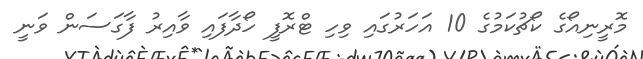
މޮރީނިއޯގެ ކޯޗުކަމުގެ 10 އަހަރުގައި ވިހި ޓްރޮފީ ހޯދާފައި ވާއިރު ފާގަސަން ވަނީ